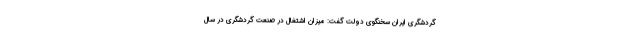
گردشگری ایران سخنگوی دولت گفت: میزان اشتغال در صنعت گردشگری در سال